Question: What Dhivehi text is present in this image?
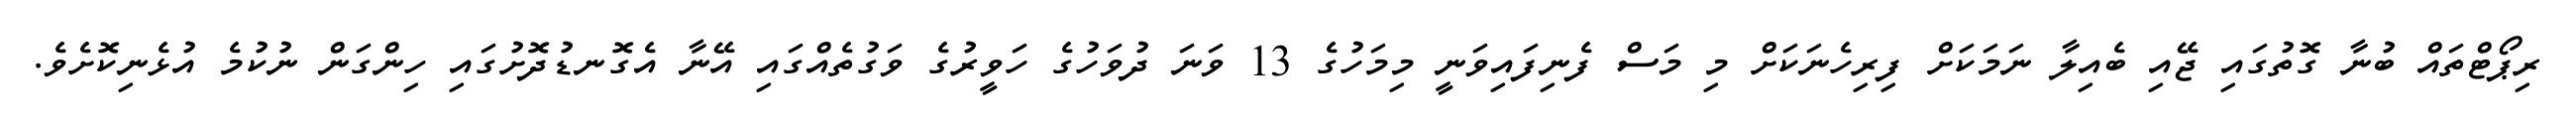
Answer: ރިޕޯޓްތައް ބުނާ ގޮތުގައި ޖޭއި ބެއިލާ ނަމަކަށް ފިރިހެނަކަށް މި މަސް ފެނިފައިވަނީ މިމަހުގެ 13 ވަނަ ދުވަހުގެ ހަވީރުގެ ވަގުތެއްގައި އޭނާ އެގޮނޑުދޮށުގައި ހިންގަން ނުކުމެ އުޅެނިކޮށެވެ.